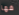
فها